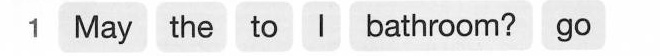
1 May the to I bathroom? go